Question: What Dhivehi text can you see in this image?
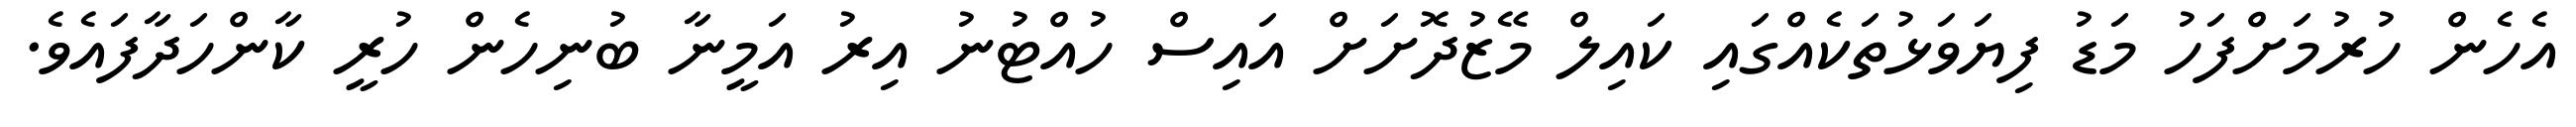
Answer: އެހެން ހުރުމަށްފަހު މަޑު ފިޔަވަޅުތަކެއްގައި ކައިލް މޭޒުދޮށަށް އައިސް ހުއްޓުނު އިރު އަމީނާ ބުނިހެން ހުރީ ކާންހަދާފައެވެ.